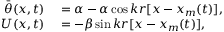
\begin{array} { r l } { \bar { \theta } ( x , t ) } & { { } = \alpha - \alpha \cos { k r [ x - x _ { m } ( t ) ] } , } \\ { U ( x , t ) } & { { } = - \beta \sin { k r [ x - x _ { m } ( t ) ] } , } \end{array}